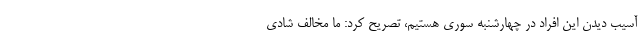
آسیب دیدن این افراد در چهارشنبه سوری هستیم، تصریح کرد: ما مخالف شادی